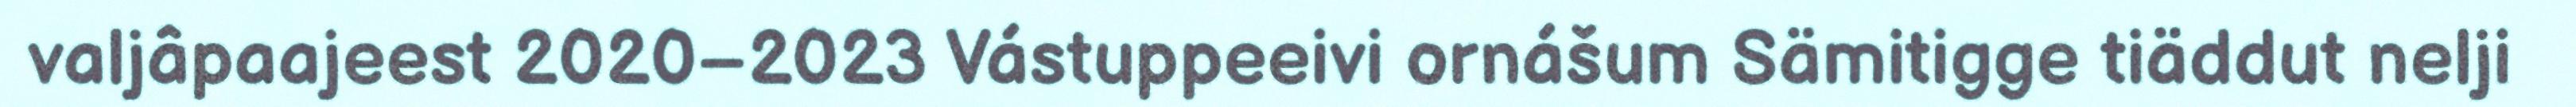
valjâpaajeest 2020–2023 Vástuppeeivi ornášum Sämitigge tiäddut nelji